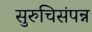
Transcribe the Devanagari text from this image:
सुरुचिसंपन्न